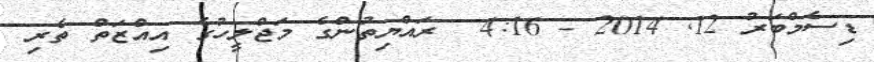
ޑިސެމްބަރު 12